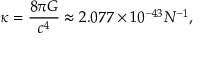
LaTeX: \kappa = { \frac { 8 \pi G } { c ^ { 4 } } } \approx 2 . 0 7 7 \times 1 0 ^ { - 4 3 } N ^ { - 1 } ,